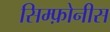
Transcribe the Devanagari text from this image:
सिम्फ़ोनीस